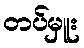
တပ်မှူး